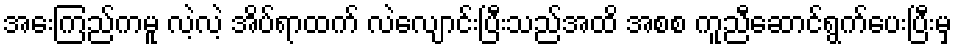
အေးကြည်ကမူ လဲ့လဲ့ အိပ်ရာထက် လဲလျောင်းပြီးသည်အထိ အစစ ကူညီဆောင်ရွက်ပေးပြီးမှ